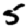
Digit: 5